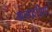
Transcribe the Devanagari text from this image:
अस्गारिया